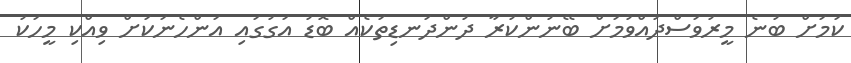
ކަމަށް ބުނެ މީރުވަސްދުއްވުމަށް ބޭނުންކުރާ ދުންދަނޑިތަކެއް ބޮޑު އަގުގައި އަންހެނަކަށް ވިއްކި މީހަކު